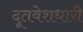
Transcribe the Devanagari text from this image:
दूतवेशधारी